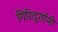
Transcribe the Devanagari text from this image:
गिरिदुर्गांनी